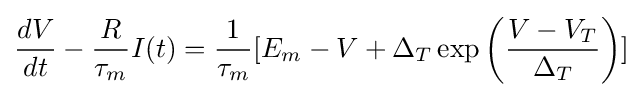
{\frac {dV}{dt}}-{\frac {R}{\tau _{m}}}I(t)={\frac {1}{\tau _{m}}}[E_{m}-V+\Delta _{T}\exp \left({\frac {V-V_{T}}{\Delta _{T}}}\right)]